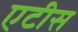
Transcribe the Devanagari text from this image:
एटीस